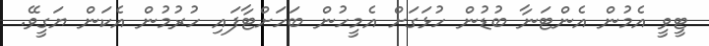
ޓީވީ އެމުން އެންޓަނާ ބުޑުން ހުޅަގަށް އެމީހުން ބަހަށްޓާފައި ހުރުމުން އެކަން ޔަގީވޭ.